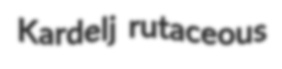
Kardelj rutaceous